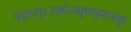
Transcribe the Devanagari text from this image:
फ्द्व्स्८उओज्स्र्फ्म्फ्व्स्कु